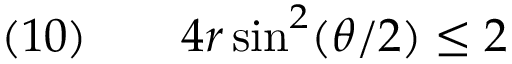
\quad ( 1 0 ) \qquad 4 r \sin ^ { 2 } ( \theta / 2 ) \leq 2